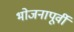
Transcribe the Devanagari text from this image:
भोजनापूर्वी